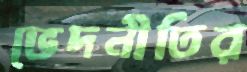
ভেদনীতির